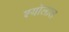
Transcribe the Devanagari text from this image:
श्योलाल